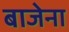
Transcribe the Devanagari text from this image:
बाजेना